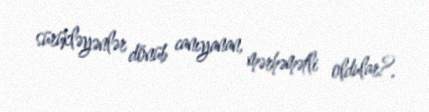
sürükləyənlər dönüb canıyanan, mərhəmətli oldular?.